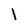
Character: l